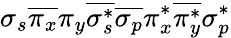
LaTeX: \sigma_{s}\overline{{\pi_{x}}}\pi_{y}\overline{{\sigma_{s}^{*}}}\overline{{\sigma_{p}}}\pi_{x}^{*}\overline{{\pi_{y}^{*}}}\sigma_{p}^{*}